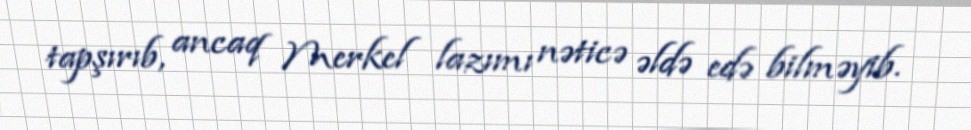
tapşırıb, ancaq Merkel lazımı nəticə əldə edə bilməyib.